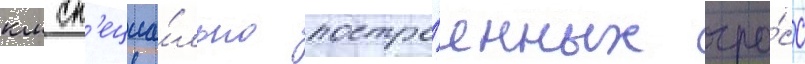
км сп'ециа́льно постро́енных тра́сс